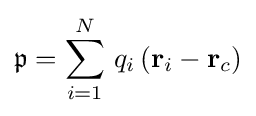
{\mathfrak {p}}=\sum _{i=1}^{N}\,q_{i}\,(\mathbf {r} _{i}-\mathbf {r} _{c})